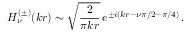
H _ { \nu } ^ { ( \pm ) } ( k r ) \sim \sqrt { \frac { 2 } { \pi k r } } \, e ^ { \pm i ( k r - \nu \pi / 2 - \pi / 4 ) } \, .